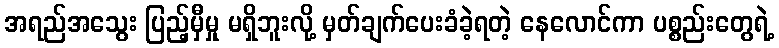
အရည်အသွေး ပြည့်မှီမှု မရှိဘူးလို့ မှတ်ချက်ပေးခံခဲ့ရတဲ့ နေလောင်ကာ ပစ္စည်းတွေရဲ့